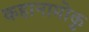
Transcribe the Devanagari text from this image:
कहानामोकु